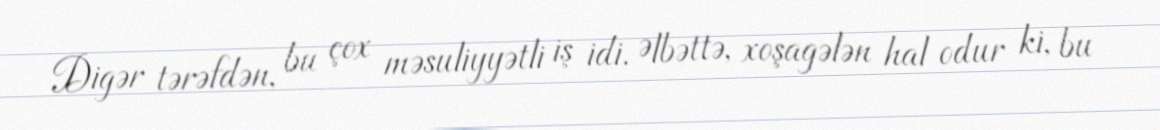
Digər tərəfdən, bu çox məsuliyyətli iş idi. Əlbəttə, xoşagələn hal odur ki, bu